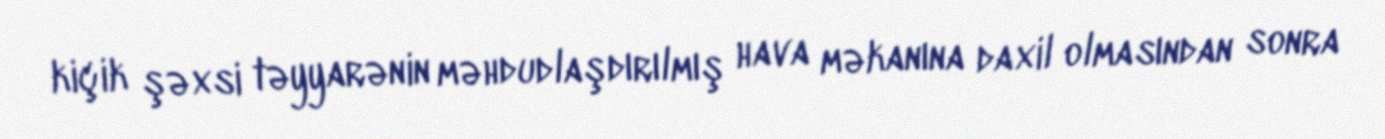
kiçik şəxsi təyyarənin məhdudlaşdırılmış hava məkanına daxil olmasından sonra